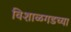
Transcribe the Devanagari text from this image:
विशाळगडच्या